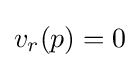
v_{r}(p)=0